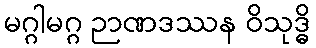
မဂ္ဂါမဂ္ဂ ဉာဏဒဿန ဝိသုဒ္ဓိ